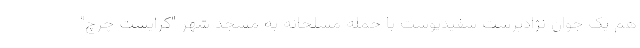
هم یک جوان نژادپرست سفیدپوست با حمله مسلحانه به مسجد شهر "کرایست چرچ"